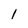
Character: 1